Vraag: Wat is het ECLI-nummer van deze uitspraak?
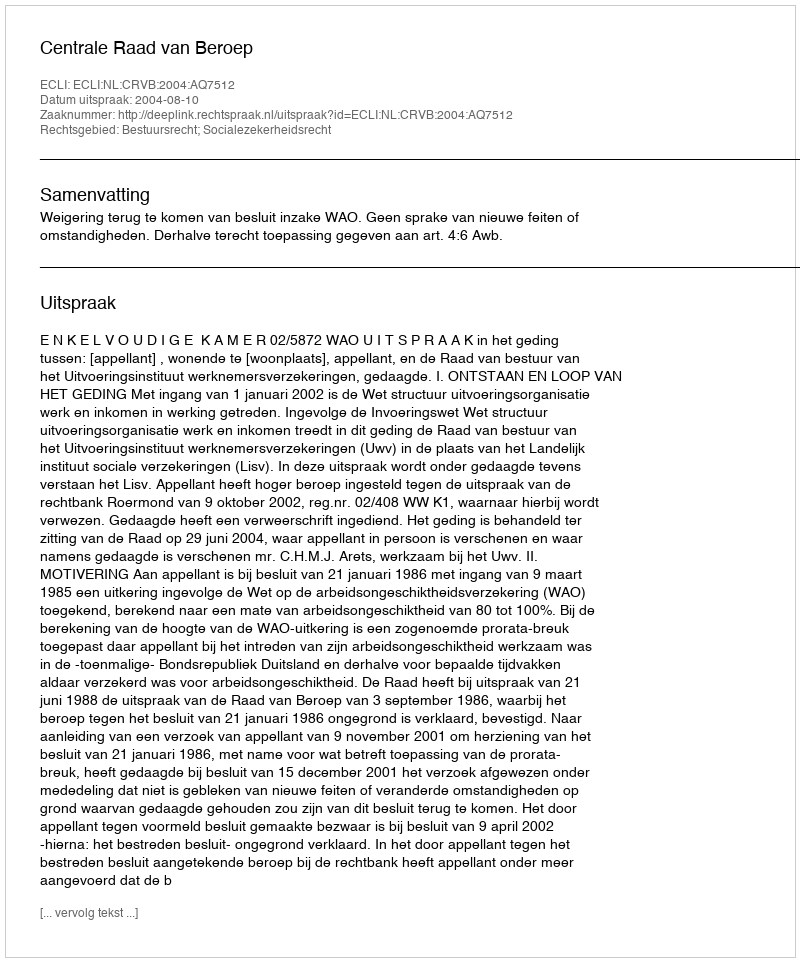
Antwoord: ECLI:NL:CRVB:2004:AQ7512